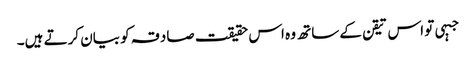
جبہی تو اس تیقن کے ساتھ وہ اس حقیقت صادقہ کو بیان کرتے ہیں۔